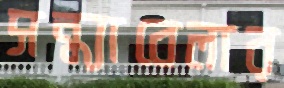
সন্ধ্যাবেলার